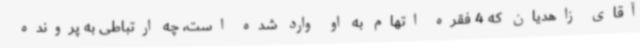
آقای زاهدیان که 4 فقره اتهام به او وارد شده است، چه ارتباطی به پرونده